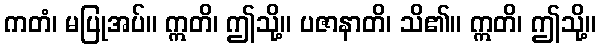
ကတံ၊ မပြုအပ်။ ဣတိ၊ ဤသို့။ ပဇာနာတိ၊ သိ၏။ ဣတိ၊ ဤသို့။